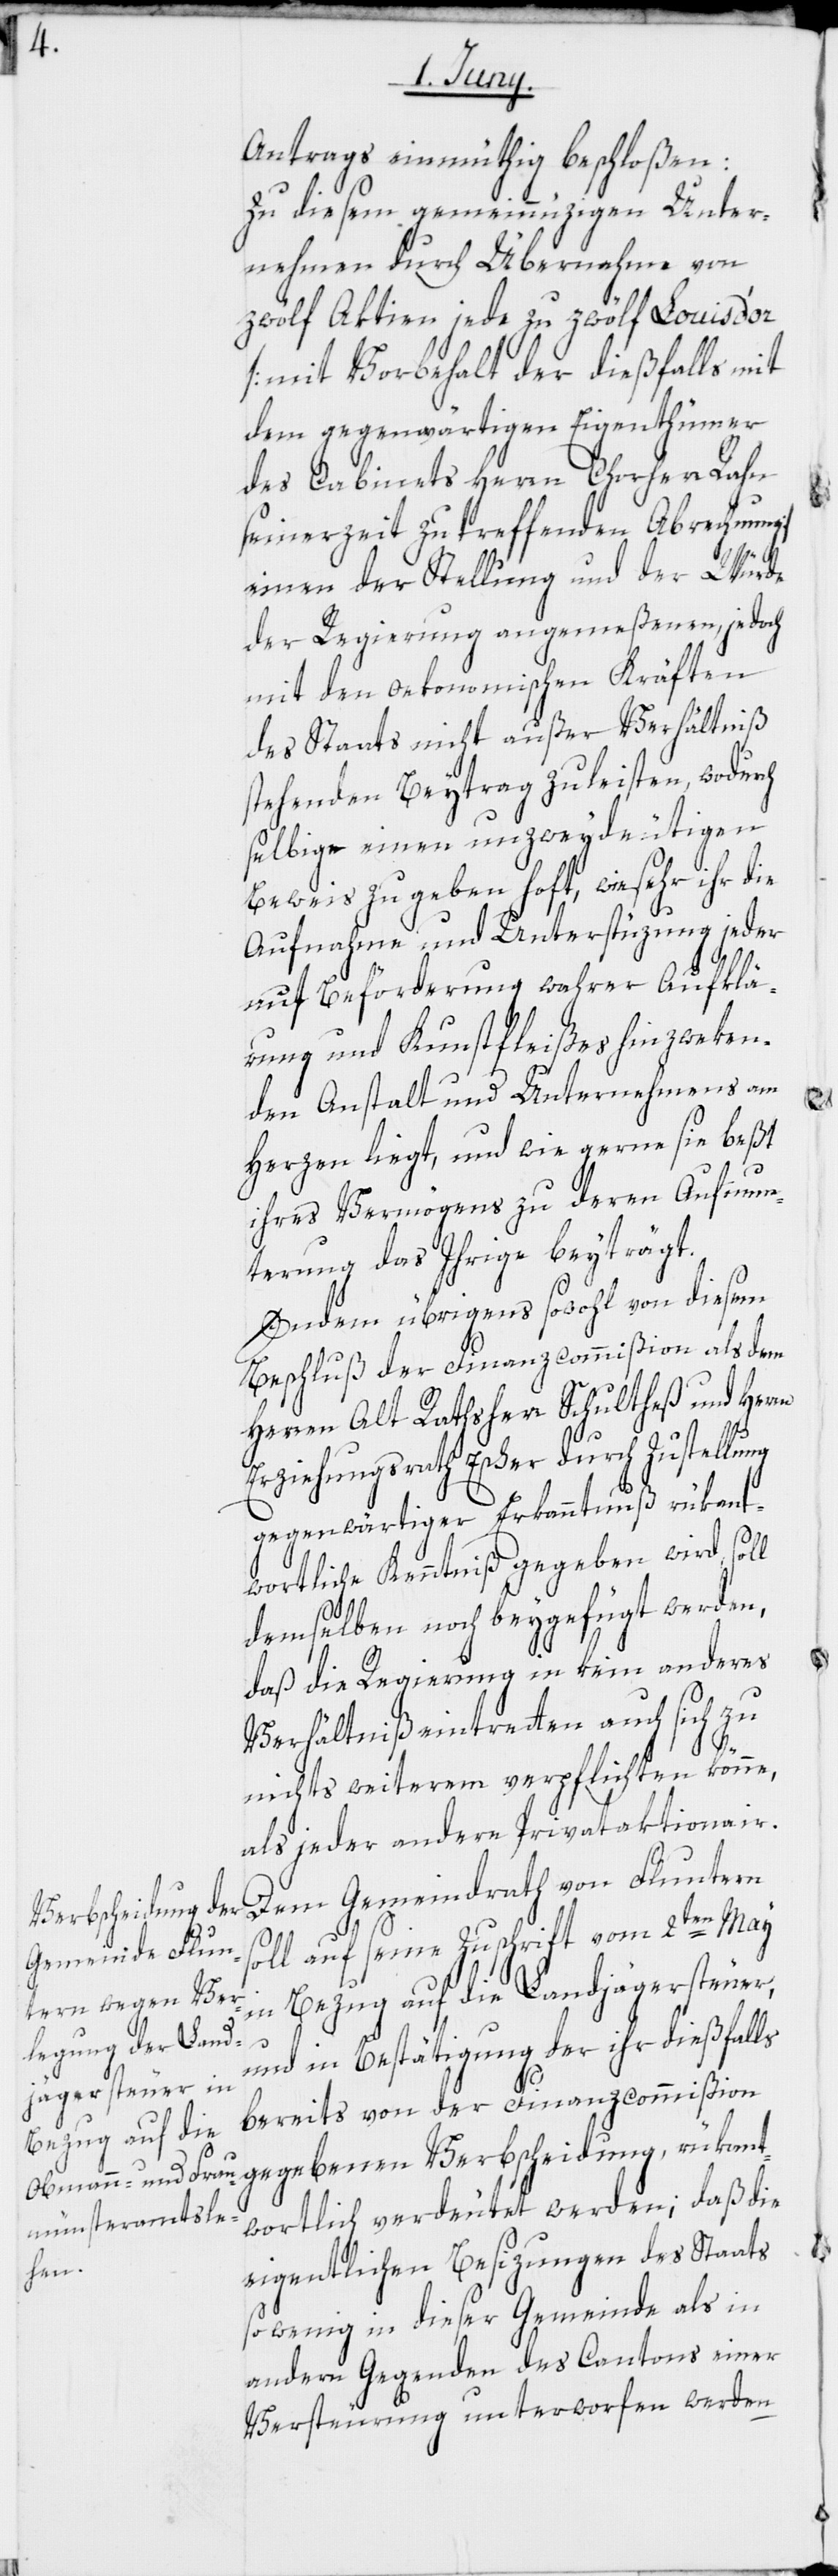
Antrags einmüthig beschloßen:
Zu diesem gemeinnüzigen Unter¬
nehmen durch Übernahme von
zwölf Aktien jede zu zwölf Louis d’or
[mit Vorbehalt der dießfalls mit
dem gegenwärtigen Eigenthümer
des Cabinets Herrn Chorherr Rahn
seinerzeit zu treffenden Abrechnung]
einen der Stellung und der Würde
der Regierung angemeßenen, jedoch
mit den oekonomischen Kräften
des Staats nicht außer Verhältniß
stehenden Beytrag zu leisten, wodurch
selbige einen unzweydeutigen
Beweis zu geben hoft, wie sehr ihr die
Aufnahme und Unterstüzung jeder
auf Beförderung wahrer Aufklä¬
rung und Kunstfleißes hinzweken¬
den Anstalt und Unternehmens am
Herzen liegt, und wie gerne sie beßt
ihres Vermögens zu deren Aufmun¬
terung das Ihrige beyträgt.
Indem übrigens sowohl von diesem
Beschluß der Finanzcommißion als dem
Herren Alt Rathsherr Schultheß und Herrn
Erziehungsrath Escher durch Zustellung
gegenwärtiger Erkanntnuß rükant¬
wortliche Kenntniß gegeben wird, sol¬
demselben noch beygefügt werden,
daß die Regierung in kein anderes
Verhältniß eintretten auch sich zu
nichts weiterem verpflichten könne,
als jeder andere Privataktionair.
Dem Gemeindrath von Fluntern
soll auf seine Zuschrift vom 2ten May
in Bezug auf die Landjägersteuer,
und in Bestätigung der ihr dießfalls
bereits von der Finanzcommißion
gegebenen Verbscheidung, rükant¬
wortlich verdeutet werden; daß die
eigentlichen Besizungen des Staats
so wenig in dieser Gemeinde als in
andern Gegenden des Cantons einer
Versteurung unterworfen werden

l